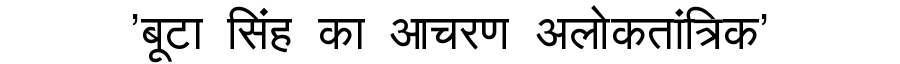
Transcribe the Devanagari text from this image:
'बूटा सिंह का आचरण अलोकतांत्रिक'